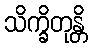
သိက္ခိတုန္တိ